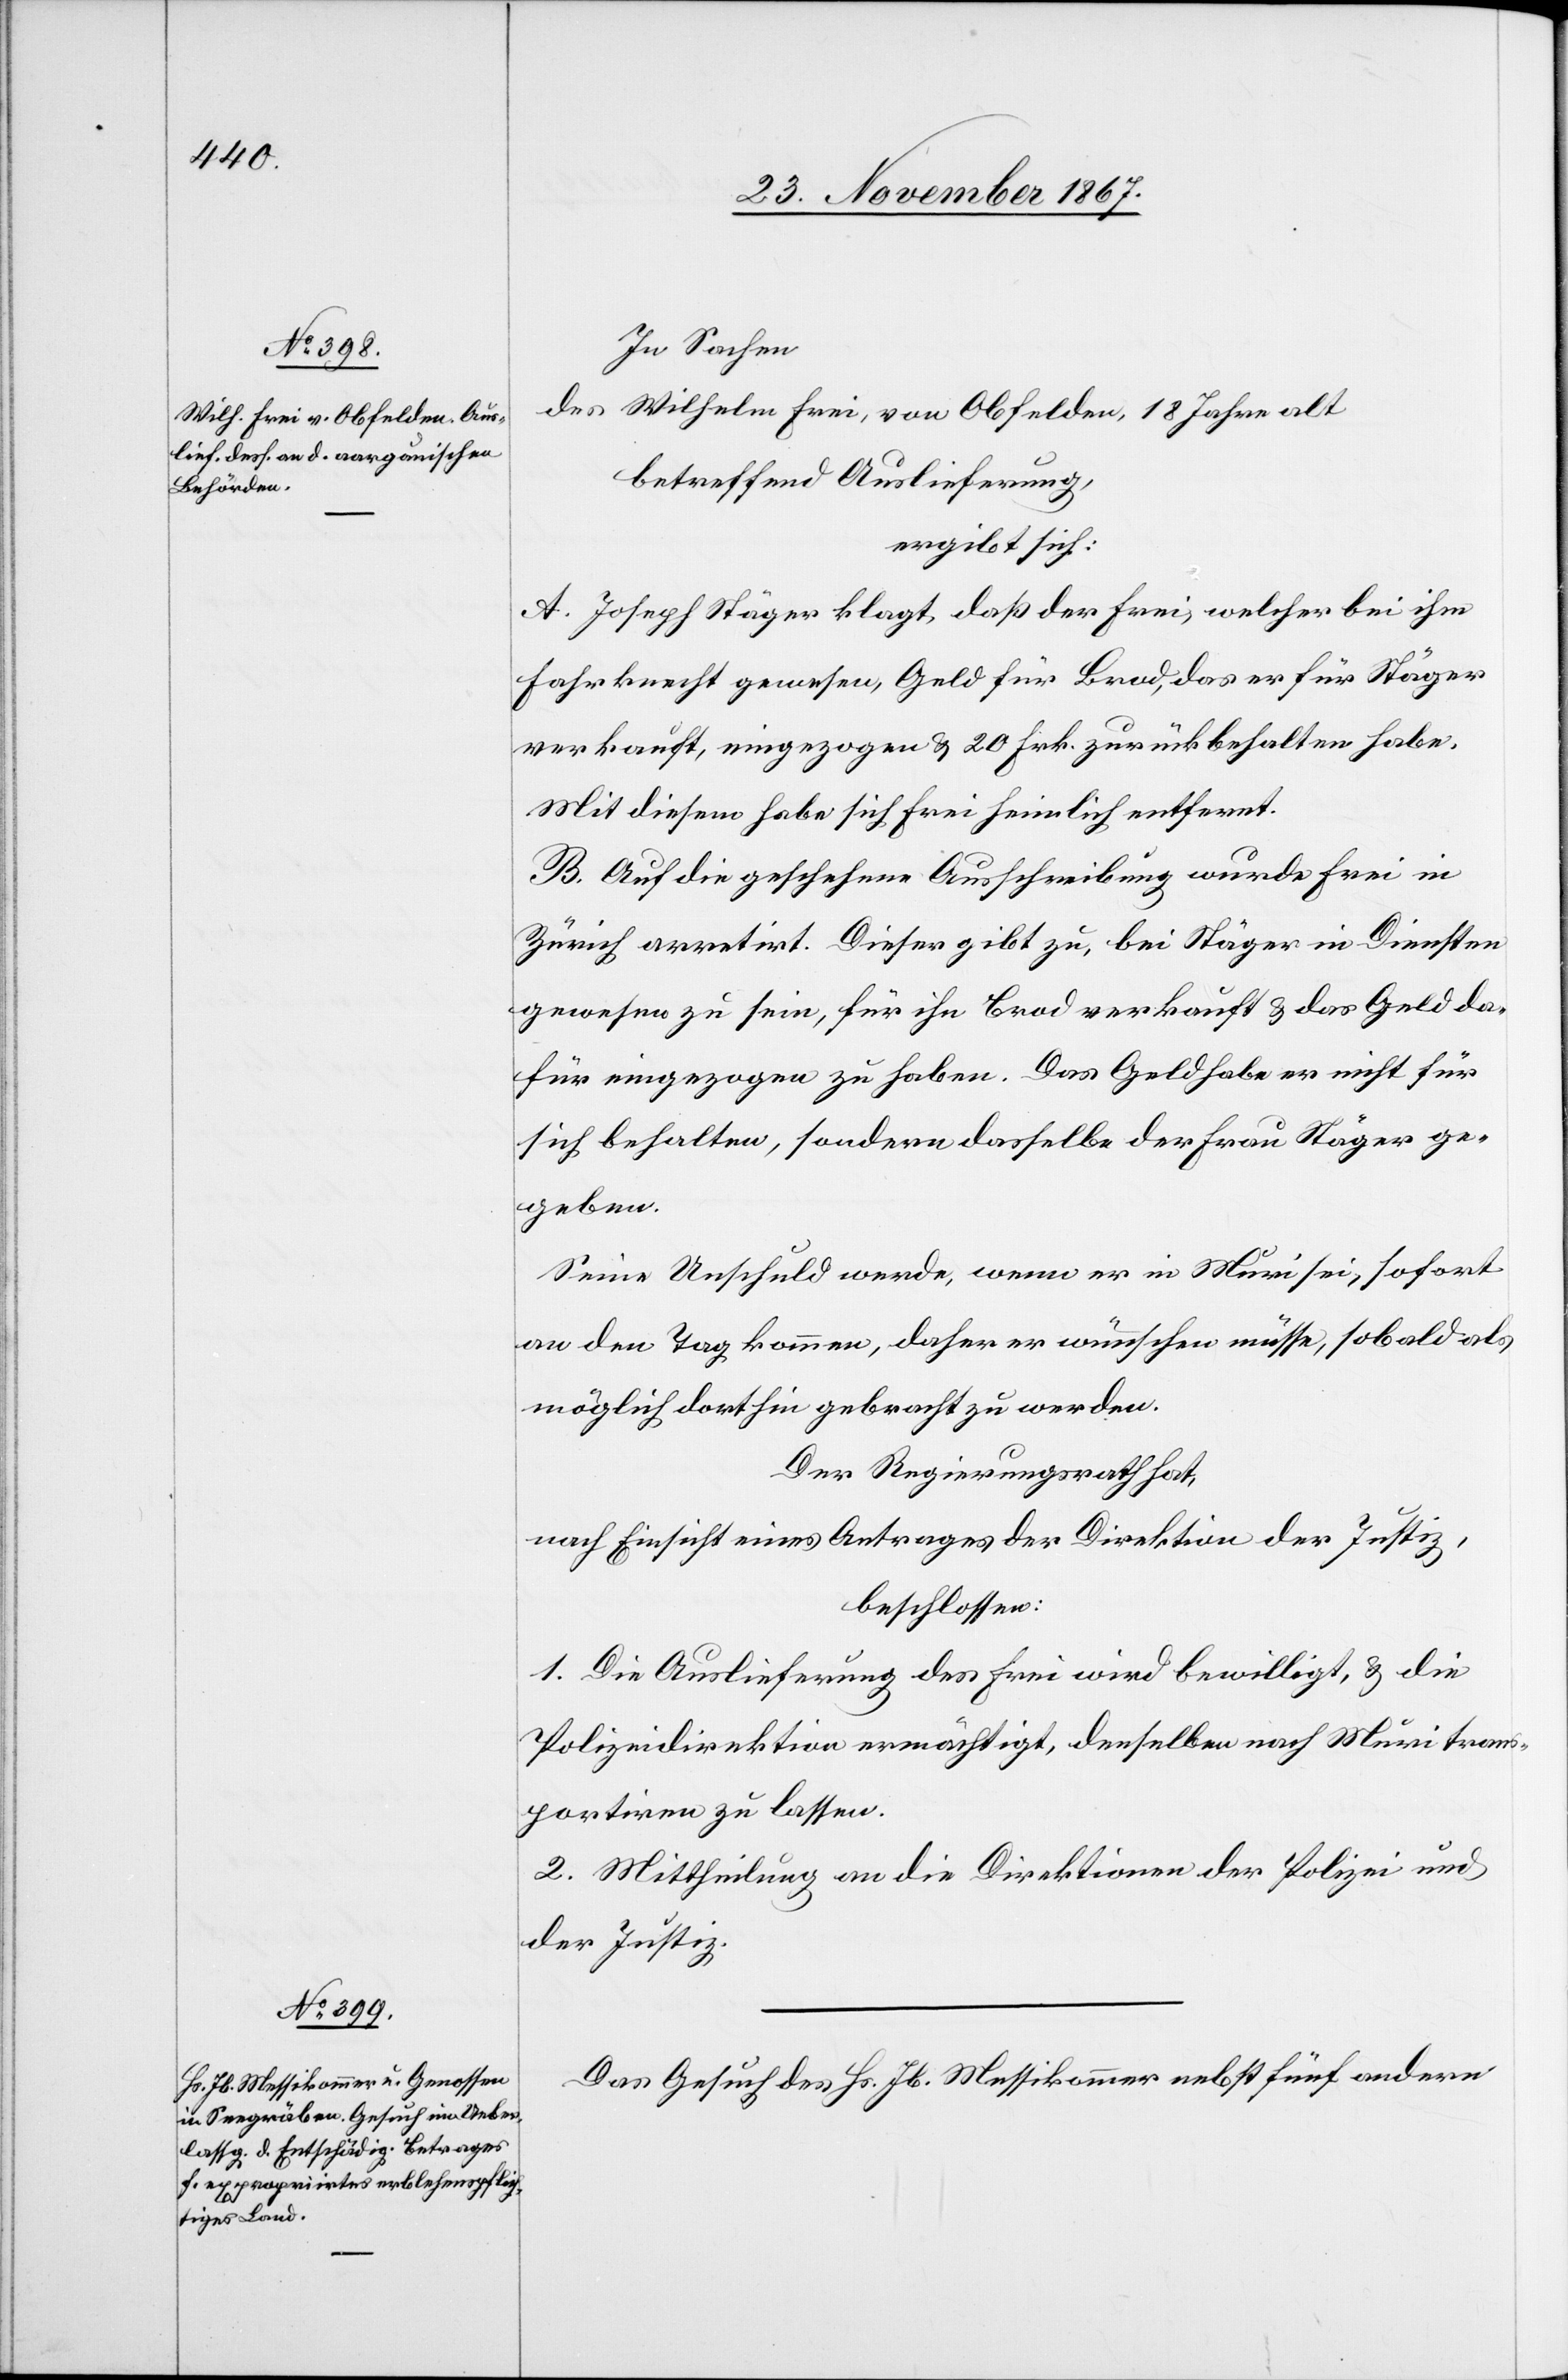
26. November 1867.]
In Sachen
des Wilhelm Frei, von Obfelden, 18 Jahre alt
betreffend Auslieferung,
ergibt sich:
A. Joseph Stäger klagt, daß der Frei, welcher bei ihm
Fahrknecht gewesen, Geld für Brod, das er für Stäger
verkauft, eingezogen u. 20 Frk. zurückbehalten habe.
Mit diesem habe sich Frei heimlich entfernt.
B. Auf die geschehene Ausschreibung wurde Frei in
Zürich arretirt. Dieser gibt zu, bei Stäger in Diensten
gewesen zu sein, für ihn Brod verkauft u. das Geld da¬
für eingezogen zu haben. Das Geld habe er nicht für
sich behalten, sondern dasselbe der Frau Stäger ge¬
geben.
Seine Unschuld werde, wenn er in Muri sei, sofort
an den Tag kommen, daher er wünschen müsse, sobald als
möglich dorthin gebracht zu werden.
Der Regierungsrath hat,
nach Einsicht eines Antrages der Direktion der Justiz,
beschlossen:
1. Die Auslieferung des Frei wird bewilligt, u. die
Polizeidirektion ermächtigt, denselben nach Muri trans¬
portiren zu lassen.
2. Mittheilung an die Direktionen der Polizei und
der Justiz.
Das Gesuch des Hrn. Hs. Jb. Messikommer nebst fünf andern